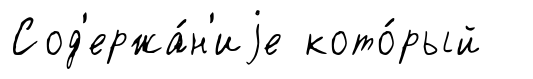
Сод'ержа́н'иjе кото́рый